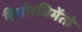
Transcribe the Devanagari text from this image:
रिसोरजिमेंतो